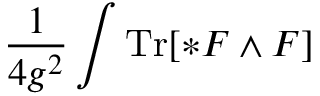
{ \frac { 1 } { 4 g ^ { 2 } } } \int \operatorname { T r } [ * F \wedge F ]